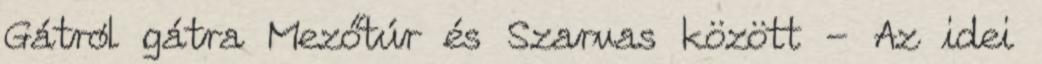
Gátról gátra Mezőtúr és Szarvas között - Az idei